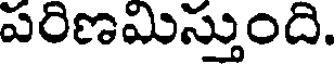
పరిణమిస్తుంది.